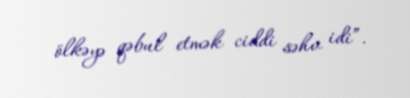
ölkəyə qəbul etmək ciddi səhv idi”.